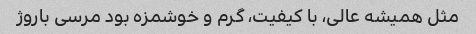
مثل همیشه عالی، با کیفیت، گرم و خوشمزه بود مرسی باروژ